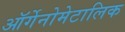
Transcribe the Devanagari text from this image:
ऑर्गेनोमेटालिक